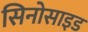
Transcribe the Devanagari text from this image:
सिनोसाइड